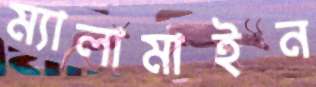
ম্যালামাইন